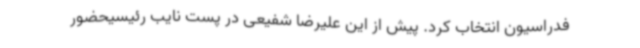
فدراسیون انتخاب کرد. پیش از این علیرضا شفیعی در پست نایب رئیسیحضور